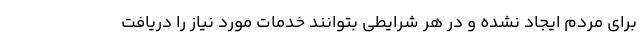
برای مردم ایجاد نشده و در هر شرایطی بتوانند خدمات مورد نیاز را دریافت